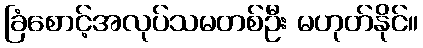
ခြံစောင့်အလုပ်သမတစ်ဦး မဟုတ်နိုင်။